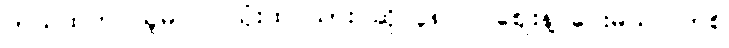
ဘယ်ထဲက ယူမလဲ။ သုံးထပ်သား ဆို ၃၈၀၀ ဈေးနဲ့ ပေးမယ်။ တစ်